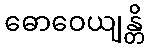
ဓောဝေယျန္တိ